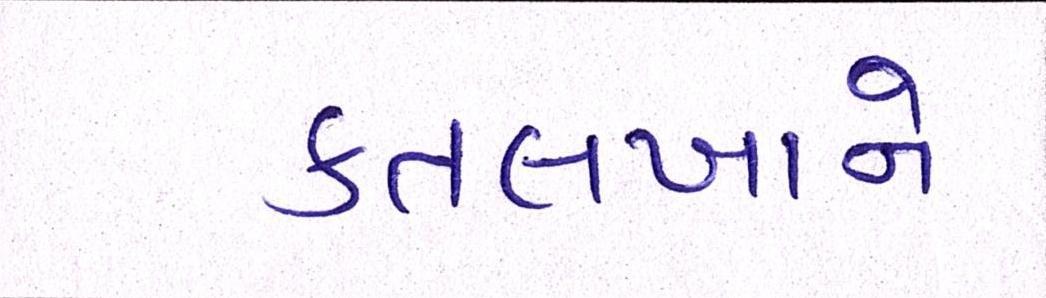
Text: કતલખાને